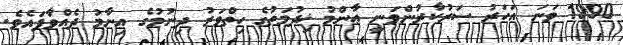
1990 ވަނަ އަހަރު ސަރުކާރުންވަނީ ޢާންމު ޚިދުމަތުގެ ހިތްވަރު ދިނުމުގެ އިނާމު ދެއްވާފައެވެ.